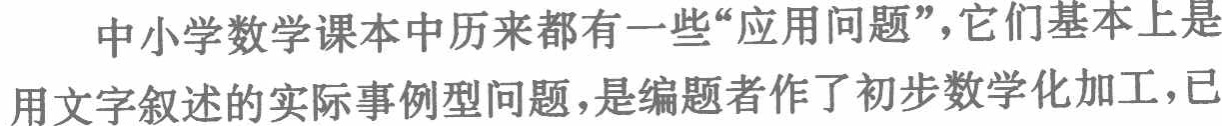
中小学数学课本中历来都有一些“应用问题”，它们基本上是用文字叙述的实际事例型问题，是编题者作了初步数学化加工，已